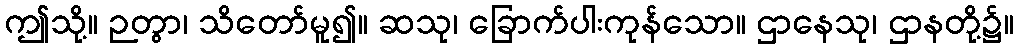
ဤသို့။ ဉတွာ၊ သိတော်မူ၍။ ဆသု၊ ခြောက်ပါးကုန်သော။ ဌာနေသု၊ ဌာနတို့၌။